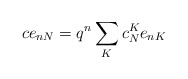
\begin{align*}c e_{nN}= q^{n} \sum_{K} c_{N}^{K} e_{nK}\end{align*}